Annual report on the health of the army in India
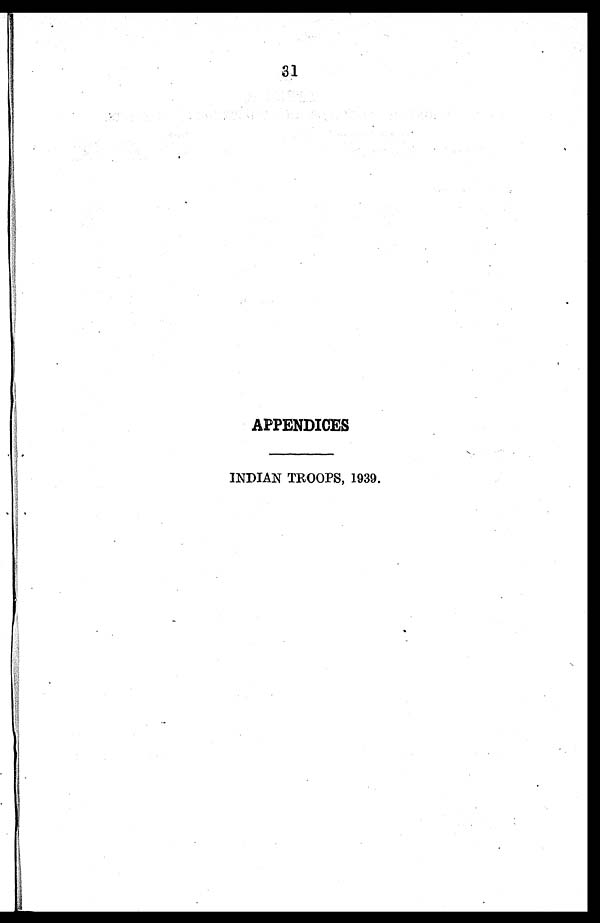
31
APPENDICES
INDIAN TROOPS, 1939.